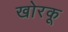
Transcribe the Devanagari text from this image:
खोरकू